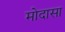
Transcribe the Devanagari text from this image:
मोदासा